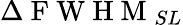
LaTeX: \Delta\mathrm{~F~W~H~M~}_{SL}